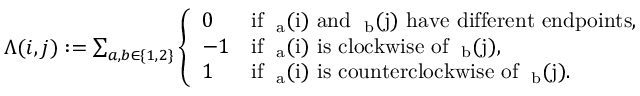
\begin{array} { r } { \Lambda ( i , j ) : = \sum _ { a , b \in \{ 1 , 2 \} } \left\{ \begin{array} { l l } { 0 } & { \mathrm { i f ~ \ensuremath { \partial _ { a } ( i ) } ~ a n d ~ \ensuremath { \partial _ { b } ( j ) } ~ h a v e ~ d i f f e r e n t ~ e n d p o i n t s , } } \\ { - 1 } & { \mathrm { i f ~ \ensuremath { \partial _ { a } ( i ) } ~ i s ~ c l o c k w i s e ~ o f ~ \ensuremath { \partial _ { b } ( j ) } , } } \\ { 1 } & { \mathrm { i f ~ \ensuremath { \partial _ { a } ( i ) } ~ i s ~ c o u n t e r c l o c k w i s e ~ o f ~ \ensuremath { \partial _ { b } ( j ) } . } } \end{array} \right. } \end{array}